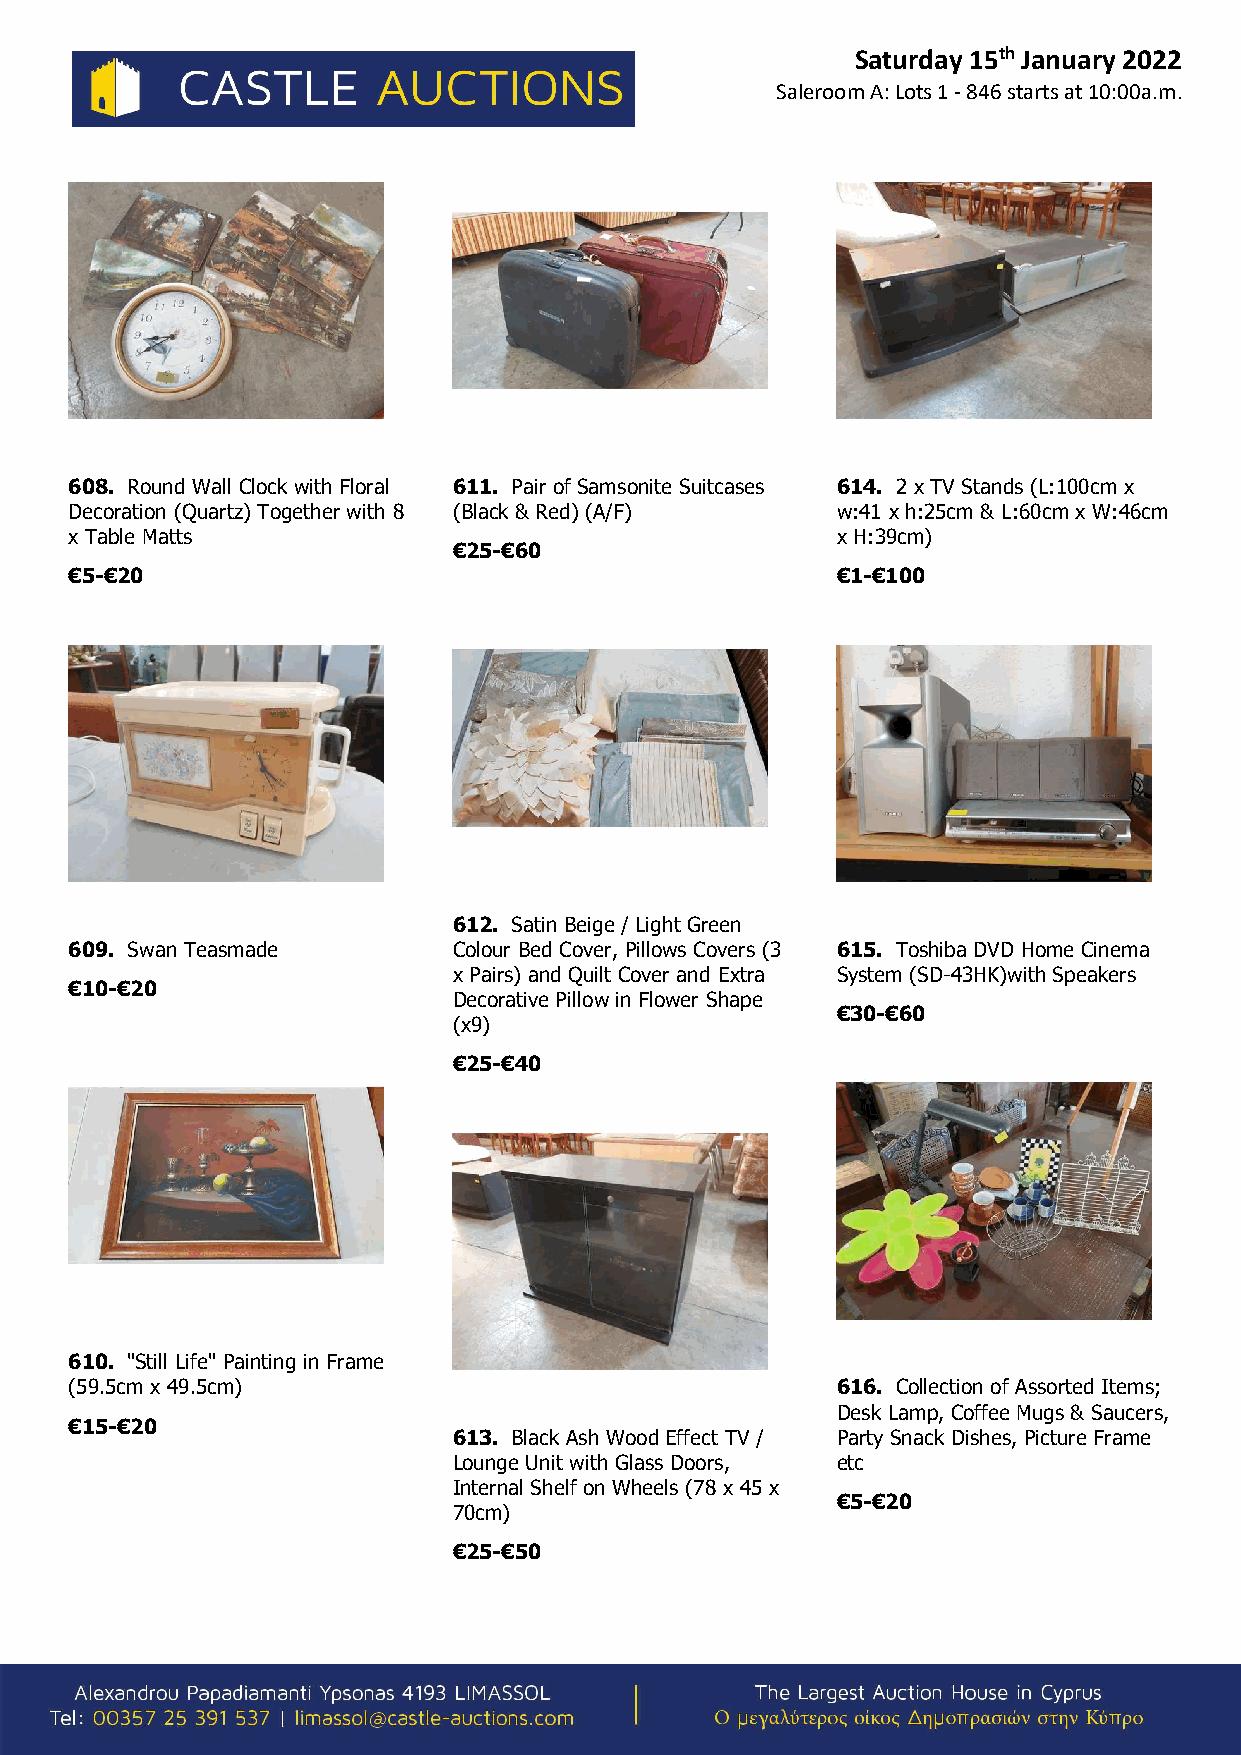
Saturday 15th January 2022
 Saleroom A: Lots 1 - 846 starts at 10:00a.m.
 608. Round Wall Clock with Floral 611. Pair of Samsonite Suitcases 614. 2 x TV Stands (L:100cm x
 Decoration (Quartz) Together with 8 (Black & Red) (A/F) w:41 x h:25cm & L:60cm x W:46cm
 x Table Matts                                     x H:39cm)
 €25-€60
 €5-€20                                            €1-€100
 612. Satin Beige / Light Green
 609. Swan Teasmade       Colour Bed Cover, Pillows Covers (3 615. Toshiba DVD Home Cinema
 x Pairs) and Quilt Cover and Extra System (SD-43HK)with Speakers
 €10-€20
 Decorative Pillow in Flower Shape
 €30-€60
 (x9)
 €25-€40
 610. "Still Life" Painting in Frame
 (59.5cm x 49.5cm)                                 616. Collection of Assorted Items;
 Desk Lamp, Coffee Mugs & Saucers,
 €15-€20
 613. Black Ash Wood Effect TV / Party Snack Dishes, Picture Frame
 Lounge Unit with Glass Doors, etc
 Internal Shelf on Wheels (78 x 45 x
 €5-€20
 70cm)
 €25-€50